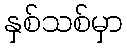
နှစ်သစ်မှာ